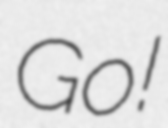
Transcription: Go!